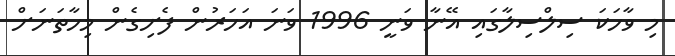
މި ވާހަކަ ސިލްސިލާގައި އޭނާ ވަނީ 1996 ވަނަ އަހަރުން ފެށިގެން މިހާތަނަށް